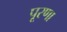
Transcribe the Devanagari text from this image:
पूरणा